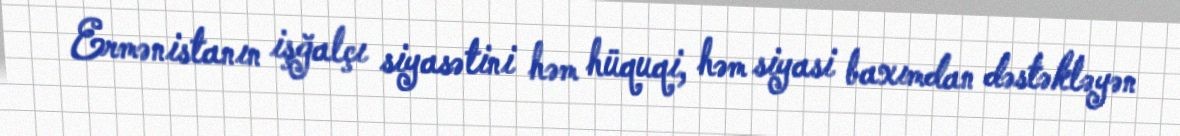
Ermənistanın işğalçı siyasətini həm hüquqi, həm siyasi baxımdan dəstəkləyən